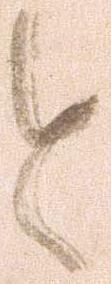
と